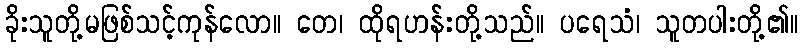
ခိုးသူတို့မဖြစ်သင့်ကုန်လော။ တေ၊ ထိုရဟန်းတို့သည်။ ပရေသံ၊ သူတပါးတို့၏။